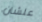
علشان